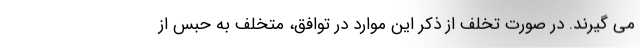
می گیرند. در صورت تخلف از ذکر این موارد در توافق، متخلف به حبس از